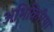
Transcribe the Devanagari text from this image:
अभिक्रिरिया